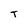
Character: T